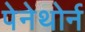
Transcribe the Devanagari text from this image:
पेनेथोर्न